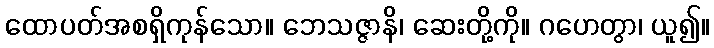
ထောပတ်အစရှိကုန်သော။ ဘေသဇ္ဇာနိ၊ ဆေးတို့ကို။ ဂဟေတွာ၊ ယူ၍။